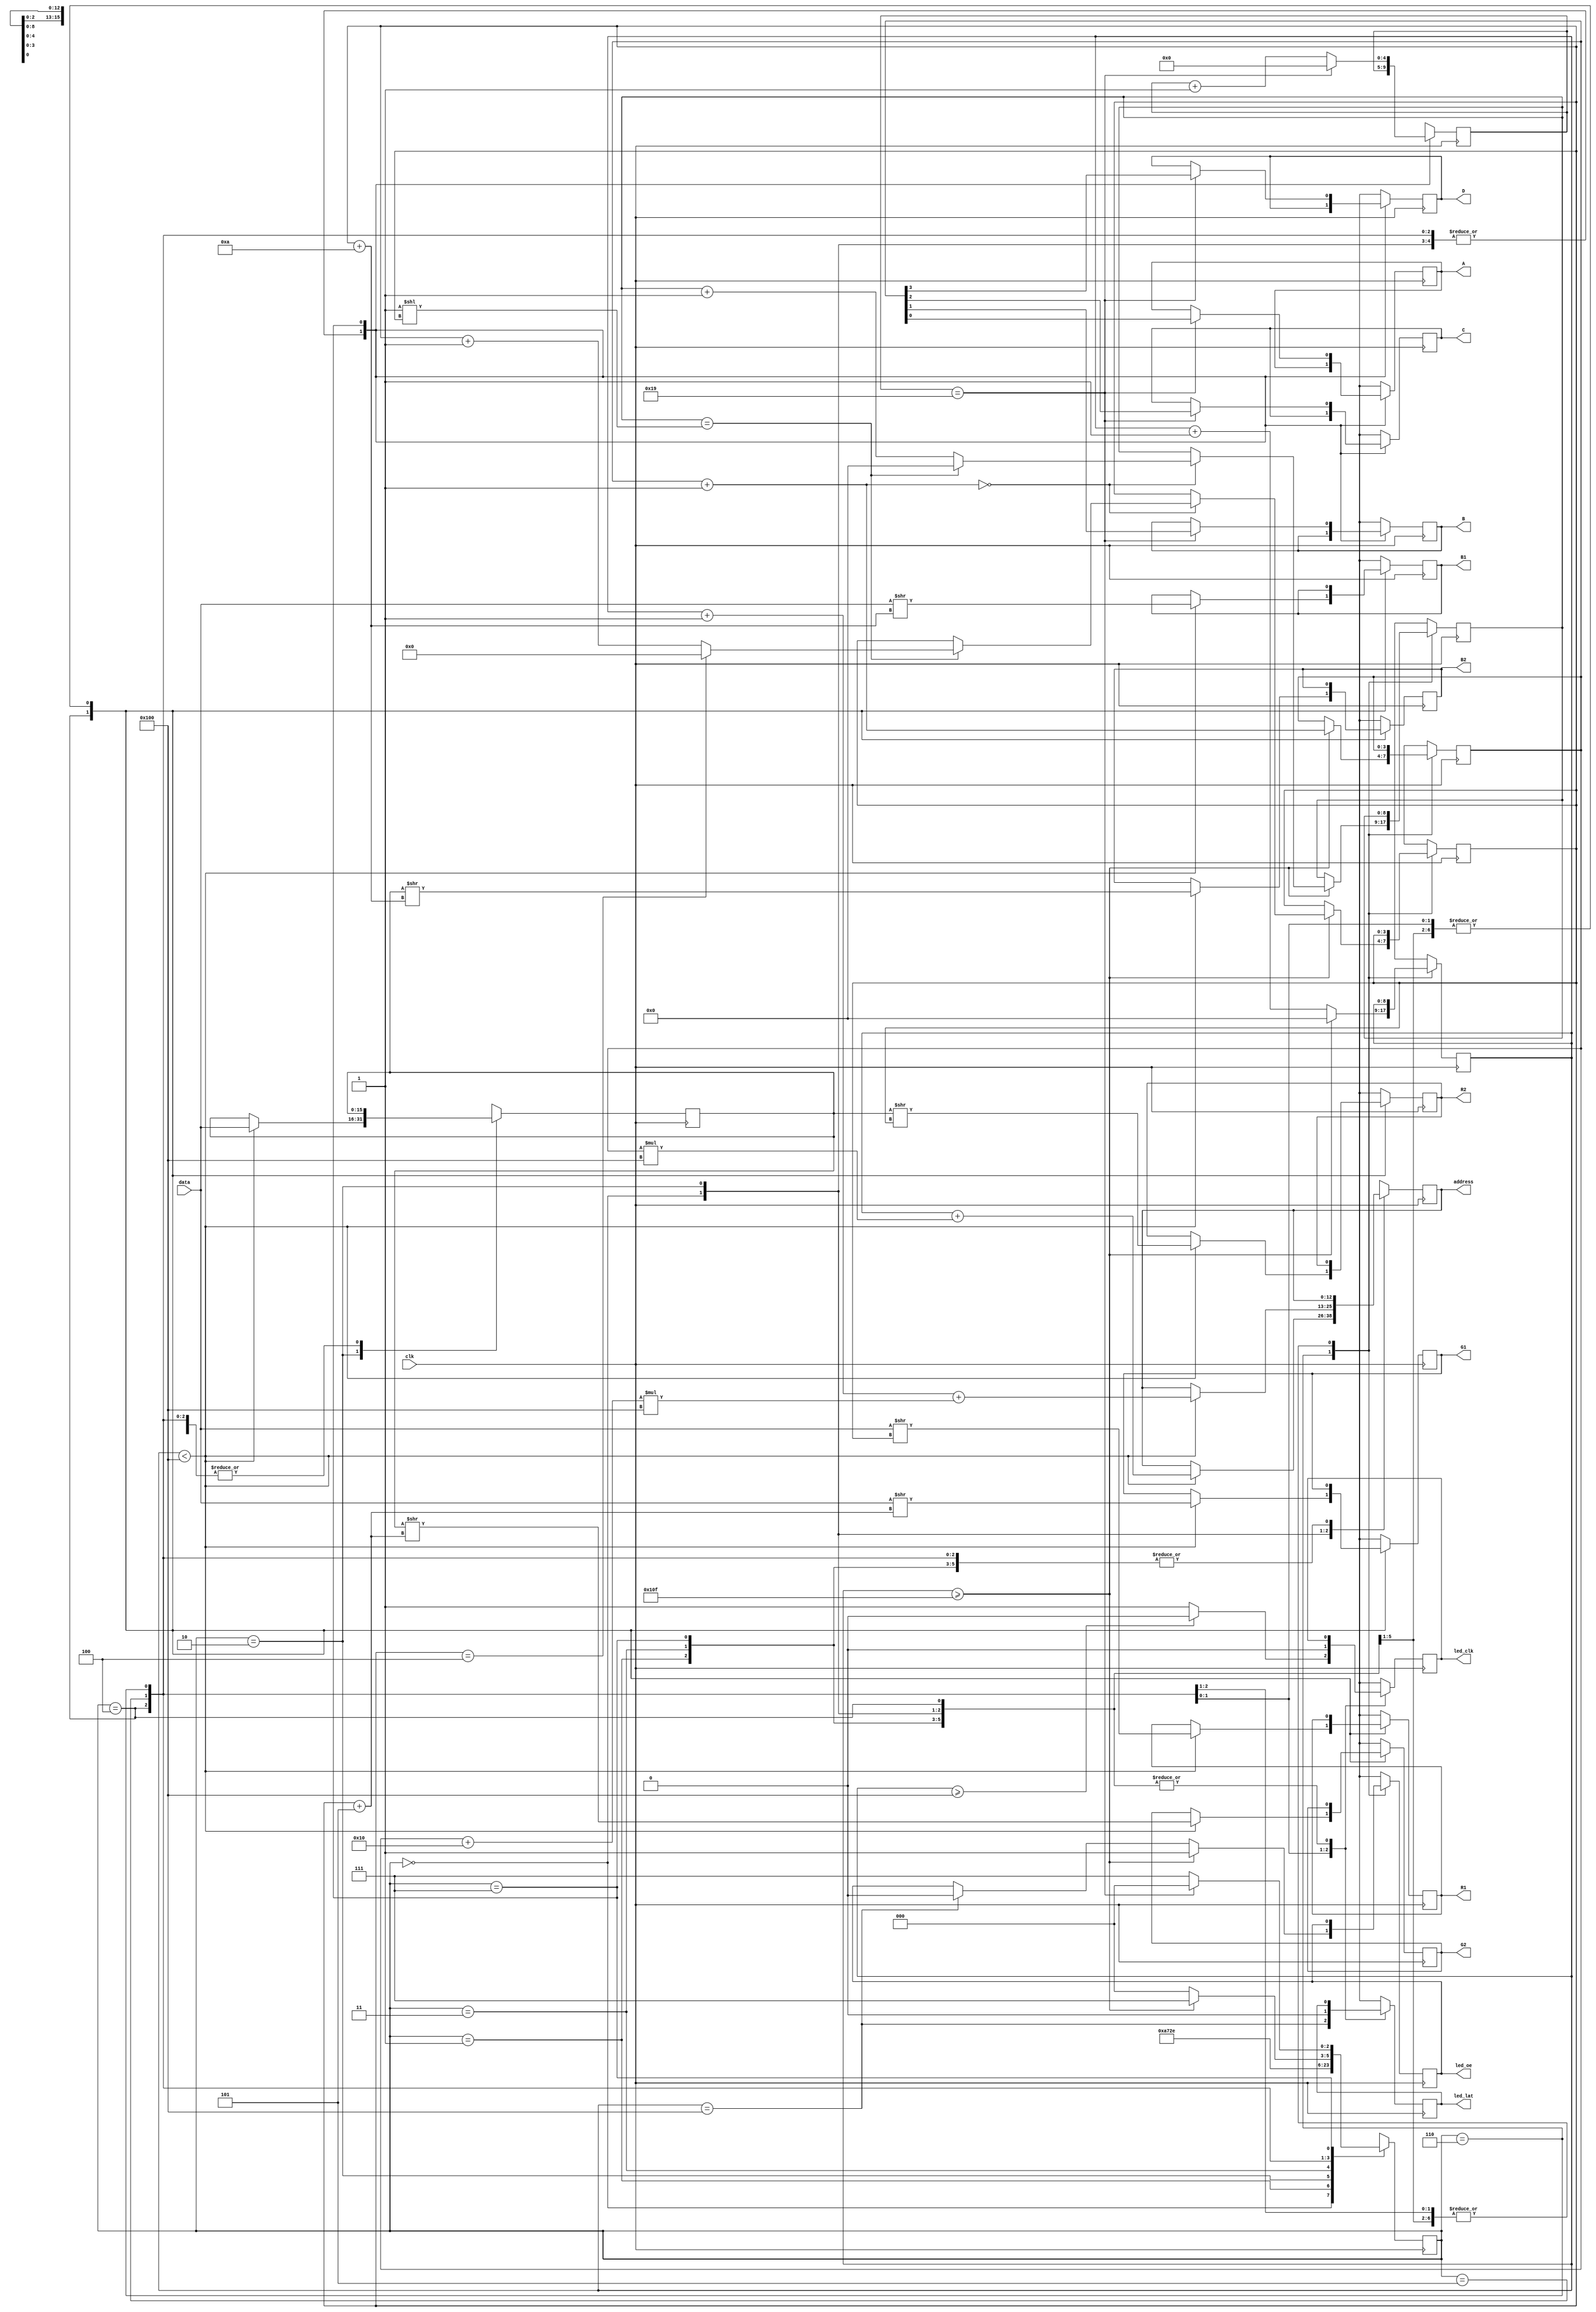
module LEDMatrix(clk, address, data, R1, G1, B1, R2, G2, B2, A, B, C, D, led_lat, led_oe, led_clk); //, s_r1, s_r2, s_r3, s_r4);
	input wire clk;
	input wire [15:0] data;
	//input wire s_r1, s_r2, s_r3, s_r4;
	
	output reg A, B, C, D;
	output reg R1, G1, B1, R2, G2, B2, led_lat, led_oe;
	output reg led_clk;
	output reg [12:0] address;
	
	reg [3:0] row;			// 16 Rows
	reg [8:0] col; 		// 64 Cols (Extra Cycles for latching)
	reg [2:0] stage;		// Stage for Pixel
	reg [3:0] plane;		// plane we are displaying	
	reg [15:0] Tdata;
	reg [15:0] Bdata;	
	reg [4:0] endRowDelay;	
	reg [8:0] pwmCount;
	
	parameter  MAX_LEDS_PER_LINE 	= 256;
	parameter  BRIGHTNESS 			= 15;
		
	wire onScreen = (col < MAX_LEDS_PER_LINE);
	wire offScreen = (col >= MAX_LEDS_PER_LINE);
		
	always @(posedge clk) 
	begin			
		case (stage)
			0: begin
					stage = 1;
					// Fetch Data For next Clock Cycle if the col is visible
					if (onScreen)
					begin			
						address = col + row * MAX_LEDS_PER_LINE;
					end
				end
			1: begin	// Delay to get data from Ram
					stage = 2;
				end
			2: begin	// Load Top half data
					stage = 3;
					// Fetch Data For next Clock Cycle if the col is visible
					if (onScreen)
					begin		
						Tdata = data;	
						address = col + 1 + (row + 16) * MAX_LEDS_PER_LINE;
					end
				end
			3: begin	// Delay to get data from Ram
					stage = 4;
				end
			4: begin // Update Values (Data is ready except on first pixel of first run)
					stage = 5;
					
					if (onScreen)
					begin		
						Bdata = data;	// Load Bottom Half Data
							
						// Bottom half Red
						R1 = (Bdata >> plane);
						G1 = (Bdata >> (plane + 5));
						B1 = (Bdata >> (plane + 10));
						// Top half Green
						R2 = (Tdata >> plane);
						G2 = (Tdata >> (plane + 5));
						B2 = (Tdata >> (plane + 10));
					end			
				end
			5: begin // Update Clock and Latch Row
			
					stage <= 6;
			
					// From 64 on we do not want to clock the output
					if (offScreen == 0)
					begin
						led_clk = 1;	// HIGH
					end
					else
					begin
						led_clk = 0;
					end
					
					led_lat = (col == MAX_LEDS_PER_LINE);		// Strobe Latch once we are over 256 pixels
				end
				
			6: begin // Update Clock and Row/Col/Plane
			
					led_clk = 0;		// LOW
					led_lat = 0;		// Set Latch Low					
					
					
					if (col == MAX_LEDS_PER_LINE)
					begin
						led_oe = 0;				// Turn On Display
					end
					
					// Update row if we are at the end of a column
					if (col >= MAX_LEDS_PER_LINE + BRIGHTNESS)
					begin
						stage = 7;				// Burn an extra cycle because we are turning off display
						led_oe = 1;				// Turn Off Display
						col = 8'b0;
						row = row + 4'b1;
						
						if (row == 4'd0)		// If we are back to Row 0 then we can start with the new plane
						begin
							if (pwmCount == (1 << plane))
							begin
								pwmCount = 8'b0;
								if (plane == 3'd4)
								begin
									plane = 3'd0;
								end
								else
								begin
									plane = plane + 3'd1;
								end
							end
							else
							begin
								pwmCount = pwmCount + 8'b1;
							end
						end						
					end
					else
					begin					
						stage = 0;				// Restart pixel stage to 0
						col = col + 8'b1;
					end					
				end
			7: begin		// This is to burn an extra cycle IF we are turning off a display row			
					if (endRowDelay == 25)
					begin
						stage = 0;				// Restart pixel
						endRowDelay = 0;

						// Set the new row
						A = row;
						B = row >> 1;
						C = row >> 2;
						D = row >> 3;						
					end
					else
					begin
						endRowDelay = endRowDelay + 1;		
						stage = 7;				// Delay longer
					end
				end
		endcase
	end
	
endmodule